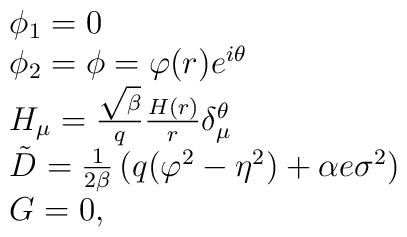
\begin{array}{ll}\phi_1 = 0\\\phi_2 = \phi = \varphi(r )e^{i\theta}\\H_{\mu} = \frac{\sqrt{\beta}}{q}\frac{H(r)}{r}\delta^{\theta}_{\mu}\\\tilde D =\frac{1}{2\beta}\left(q(\varphi^2 - \eta^2)+  \alpha e \sigma^2 \right)\\G=0,\end{array}